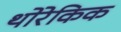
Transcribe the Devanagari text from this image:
थोरेकिक